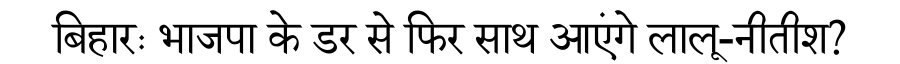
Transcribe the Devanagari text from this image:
बिहारः भाजपा के डर से फिर साथ आएंगे लालू-नीतीश?